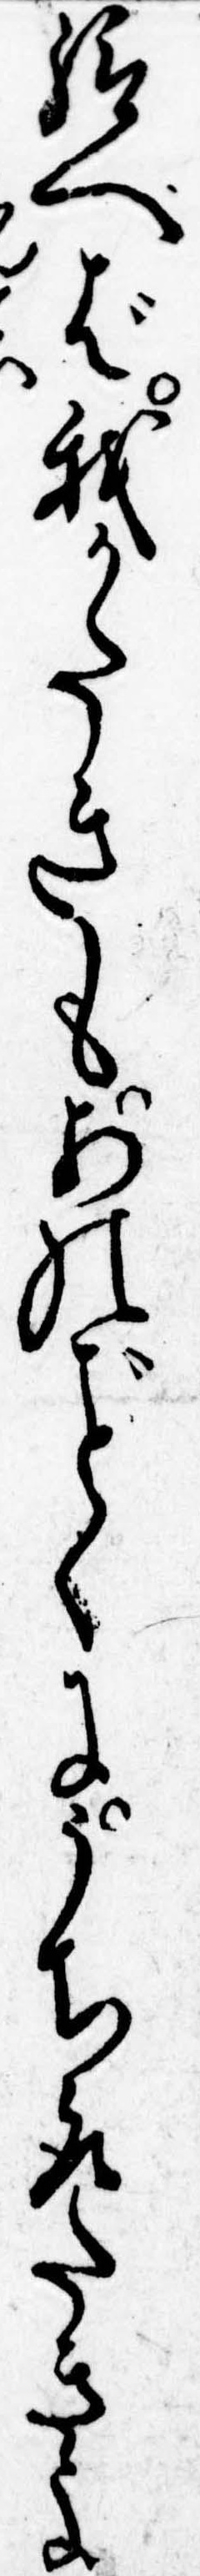
給へば我かたきもあのくにうち取たきよ